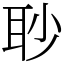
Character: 𦕈